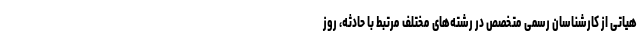
هیاتی از کارشناسان رسمی متخصص در رشته‌های مختلف مرتبط با حادثه، روز